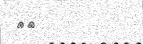
٣٣